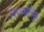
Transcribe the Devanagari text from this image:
निगळवनिक्कु